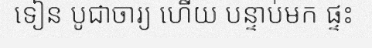
ទៀន បូជាចារ្យ ហើយ បន្ទាប់មក ផ្ទះ